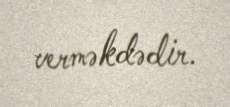
verməkdədir.